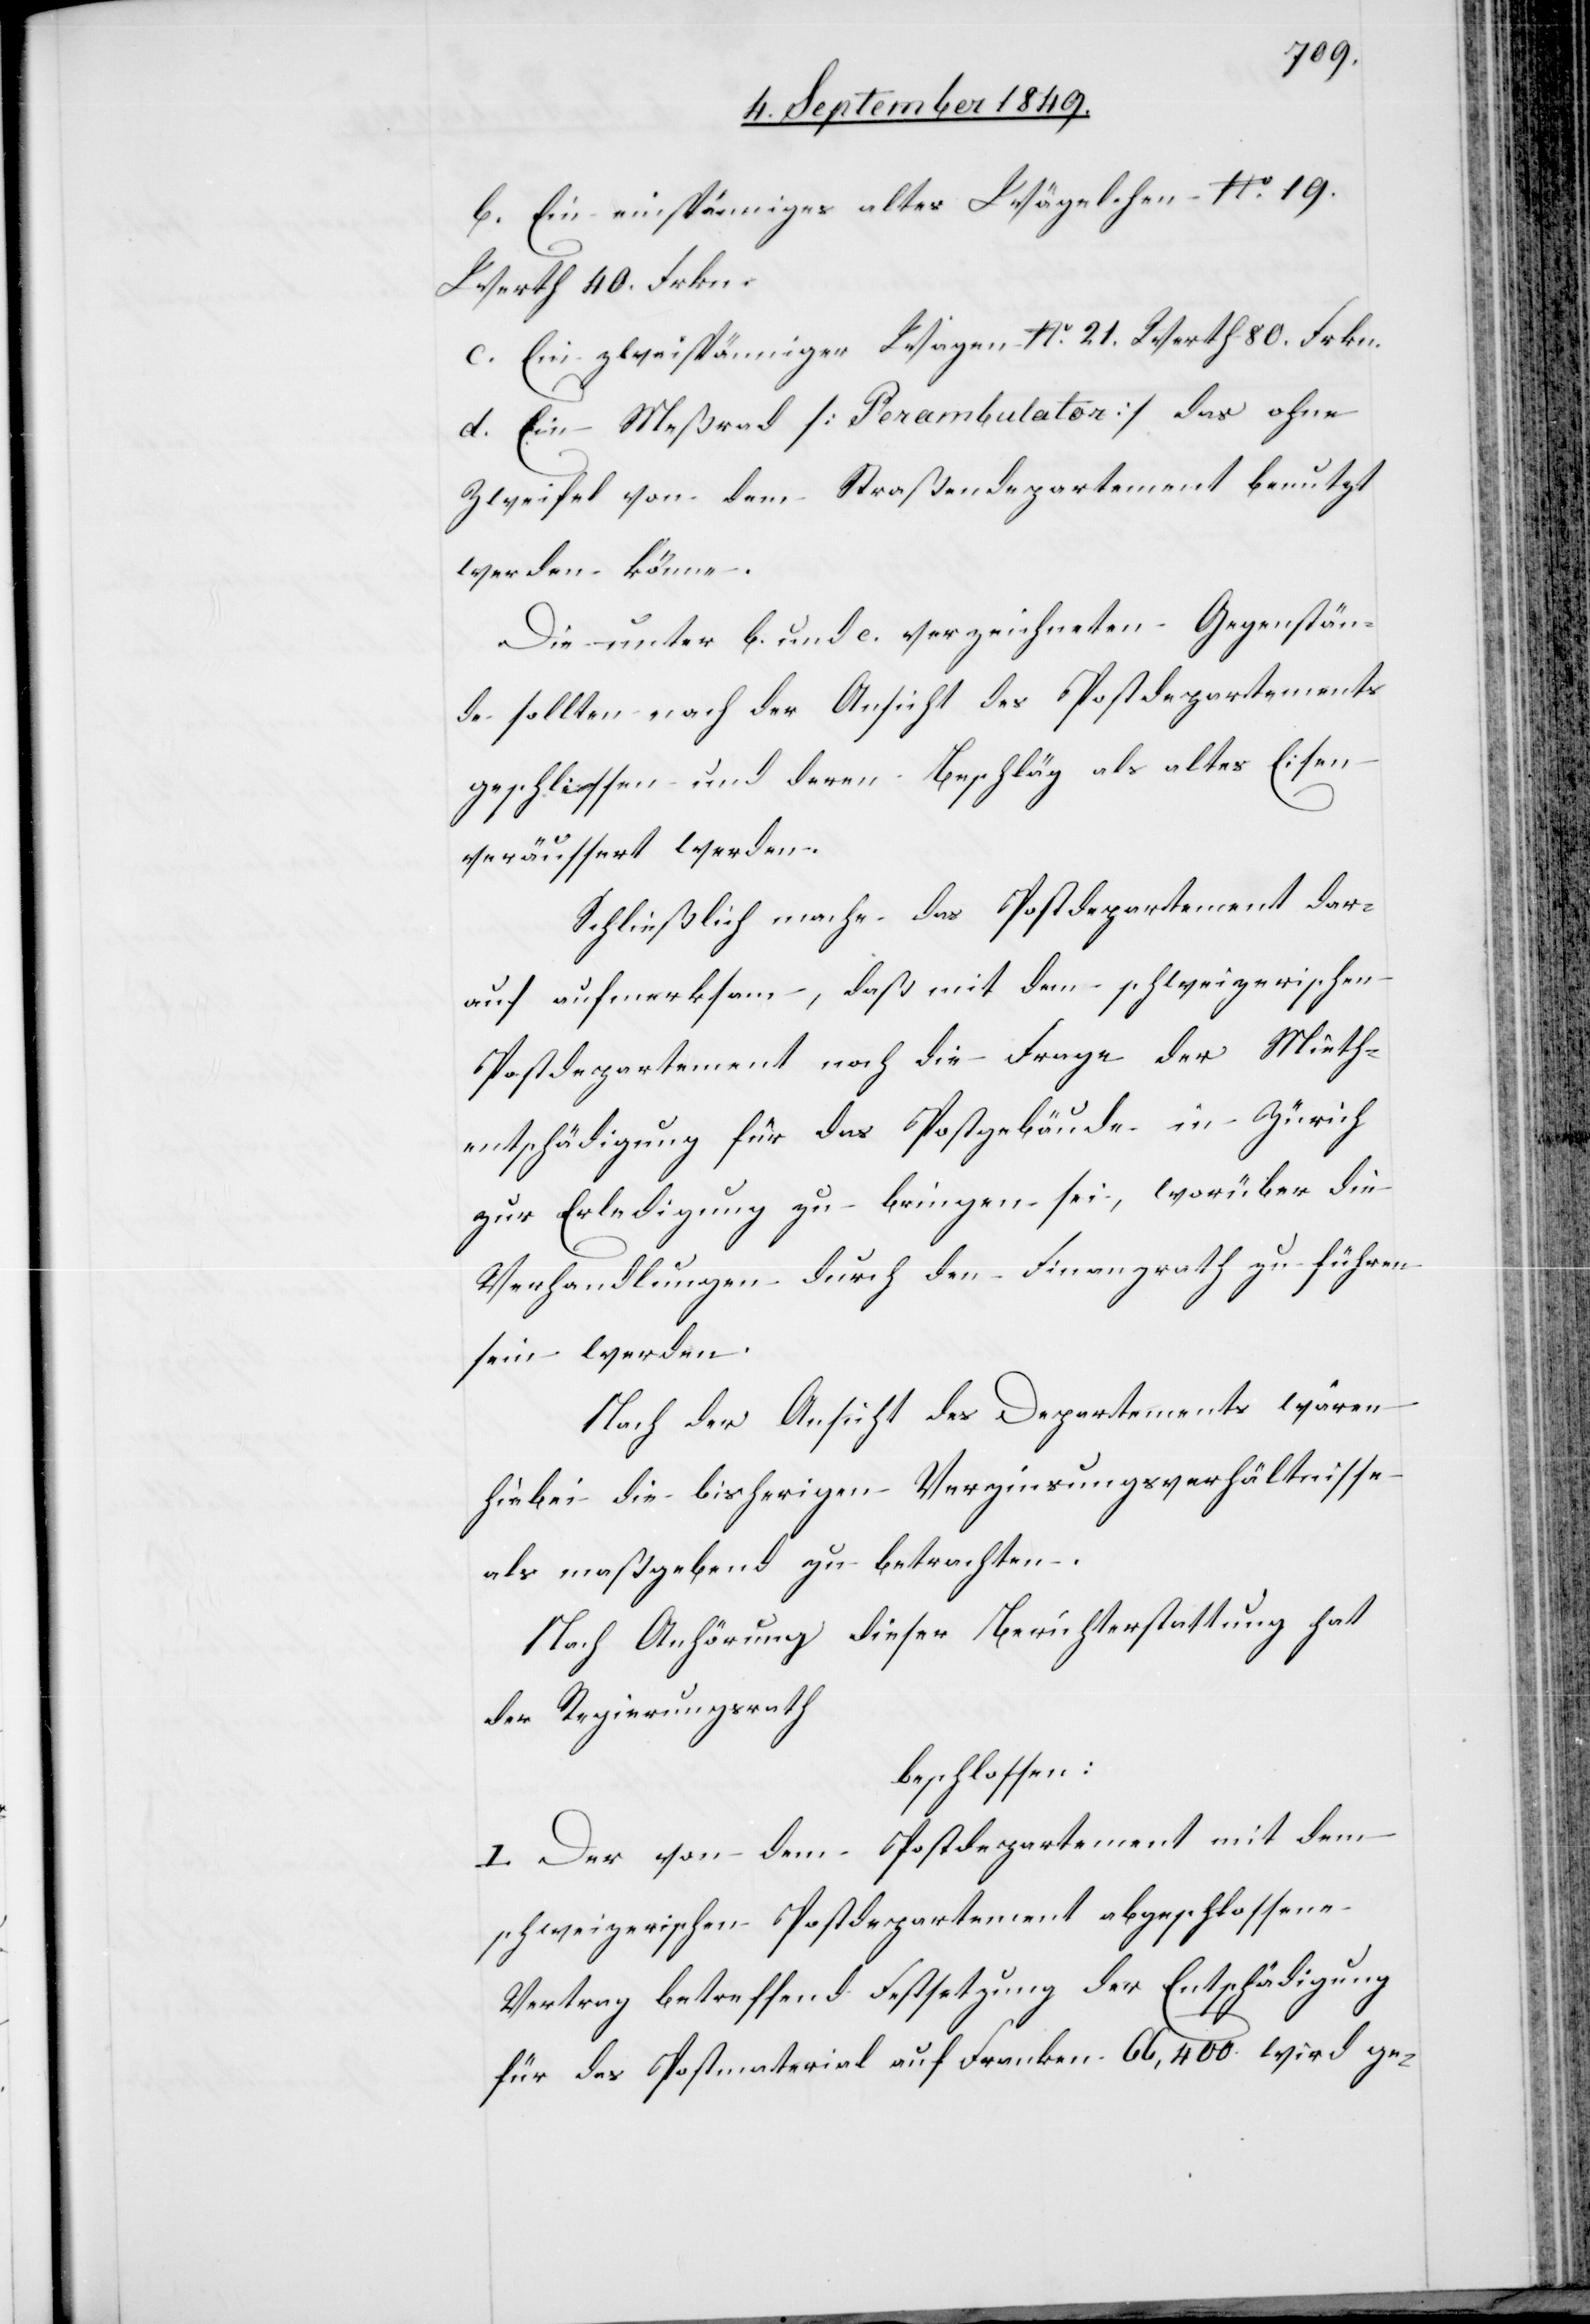
b. Ein einspänniges altes Wägelchen No. 19.
Werth 40. Frkn.
c. Ein zweispänniger Wagen No. 21. Werth 80. Frkn.
d. Ein Meßrad [Perambulator] das ohne
Zweifel von dem Straßendepartement benutzt
werden könne.
Die unter b. und c. verzeichneten Gegenstän¬
de sollten nach der Ansicht des Postdepartements
geschlossen und deren Beschläg als altes Eisen
veräussert werden.
Schließlich mache das Postdepartement dar¬
auf aufmerksam, daß mit dem schweizerischen
Postdepartement noch die Frage der Mieth¬
entschädigung für das Postgebäude in Zürich
zur Erledigung zu bringen sei, worüber die
Verhandlungen durch den Finanzrath zu führen
sein werden.
Nach der Ansicht des Departements wären
hiebei die bisherigen Verzinsungsverhältnisse
als maßgebend zu betrachten.
Nach Anhörung dieser Berichterstattung hat
der Regierungsrath
beschlossen:
I. Der von dem Postdepartement mit dem
schweizerischen Postdepartement abgeschlossene
Vertrag betreffend Festsetzung der Entschädigung
für das Postmaterial auf Franken 66,400. wird ge-